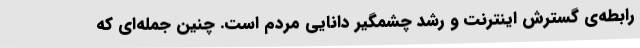
رابطه‌ی گسترش اینترنت و رشد چشمگیر دانایی مردم است. چنین جمله‌ای که